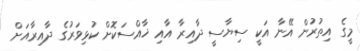
މީގެ އިތުރުން އޭނާ އަކީ ސިޔާސީ ދާއިރާ އާއި ޚާއްސަކޮށް ކުޅިވަރުގެ ދާއިރާއަށް